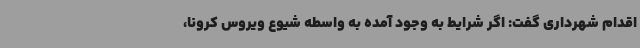
اقدام شهرداری گفت:‌ اگر شرایط به وجود آمده به واسطه شیوع ویروس کرونا،